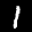
Label: 1